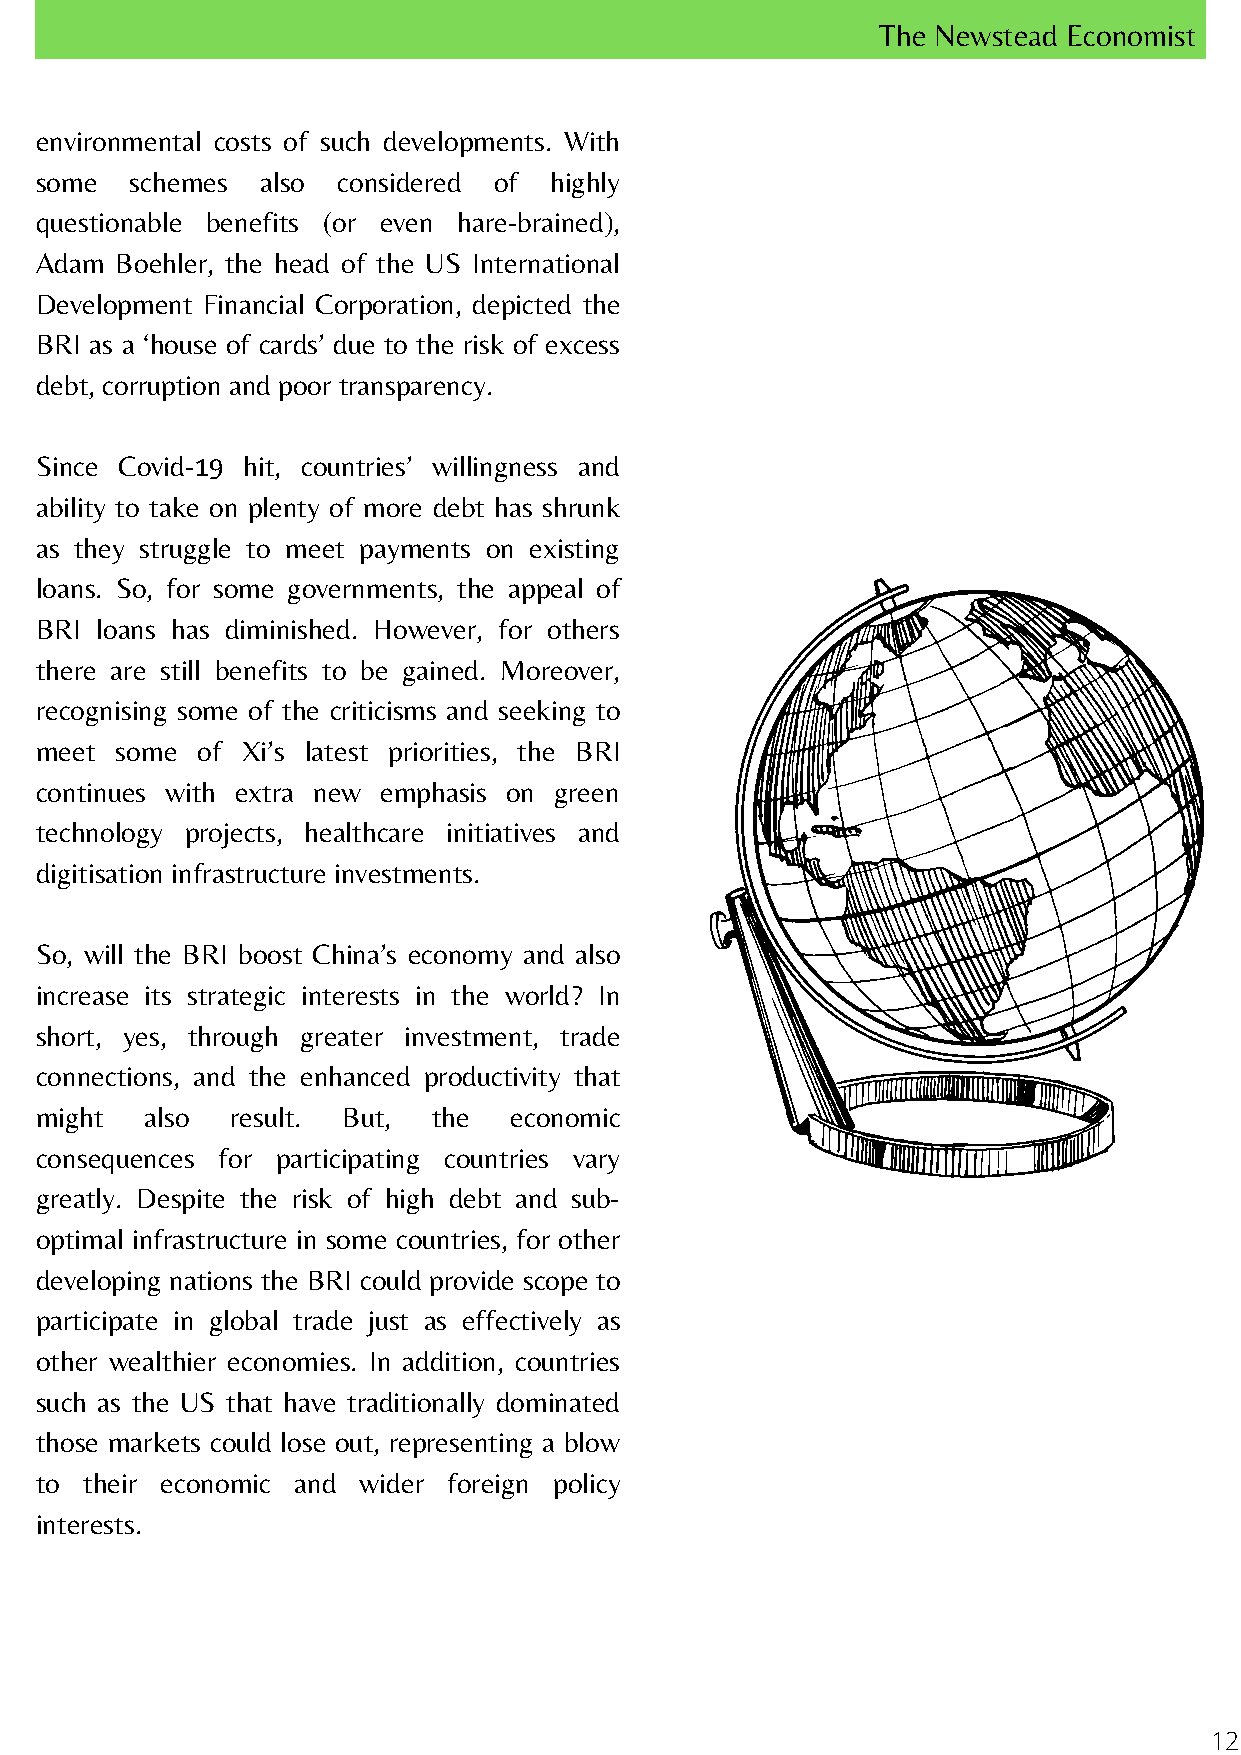
The Newstead Economist
 environmental costs of such developments. With
 some   schemes also considered of highly
 questionable benefits (or even hare-brained),
 Adam  Boehler, the head of the US International
 Development Financial Corporation, depicted the
 BRI as a ‘house of cards’ due to the risk of excess
 debt, corruption and poor transparency.
 Since Covid-19 hit, countries’ willingness and
 ability to take on plenty of more debt has shrunk
 as they struggle to meet payments on existing
 loans. So, for some governments, the appeal of
 BRI loans has diminished. However, for others
 there are still benefits to be gained. Moreover,
 recognising some of the criticisms and seeking to
 meet  some of Xi’s latest priorities, the BRI
 continues with extra new emphasis on green
 technology projects, healthcare initiatives and
 digitisation infrastructure investments.
 So, will the BRI boost China’s economy and also
 increase its strategic interests in the world? In
 short, yes, through greater investment, trade
 connections, and the enhanced productivity that
 might   also result. But,  the  economic
 consequences for participating countries vary
 greatly. Despite the risk of high debt and sub-
 optimal infrastructure in some countries, for other
 developing nations the BRI could provide scope to
 participate in global trade just as effectively as
 other wealthier economies. In addition, countries
 such as the US that have traditionally dominated
 those markets could lose out, representing a blow
 to their economic and wider foreign policy
 interests.
 12